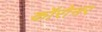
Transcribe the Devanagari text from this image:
कॉरोनर